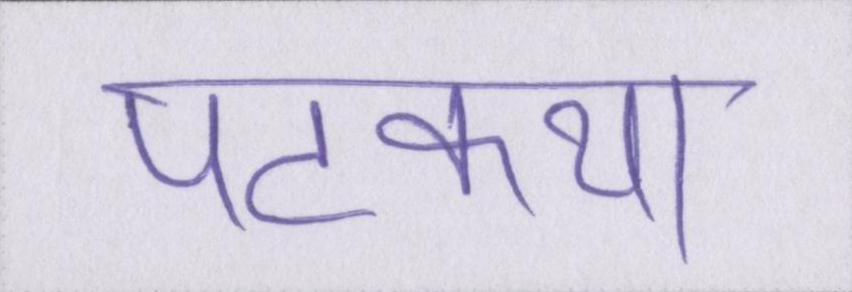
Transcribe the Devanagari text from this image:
पटकथा